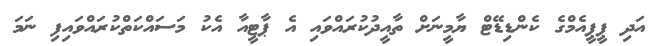
އަދި ޕީޕީއެމްގެ ކެންޑިޑޭޓް ޔާމީނަށް ތާއީދުކުރައްވައި އެ ޕާޓީއާ އެކު މަސައްކަތްކުރައްވައިފި ނަމަ